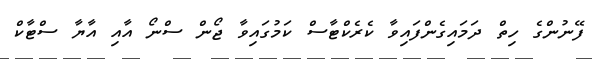
ފޭނުންގެ ހިތް ދަމައިގެންފައިވާ ކެރެކްޓާސް ކަމުގައިވާ ޖޯން ސްނޯ އާއި އާޔާ ސްޓާކް